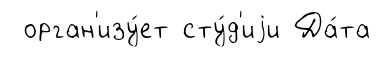
орган'изу́ет сту́д'иjи Да́та